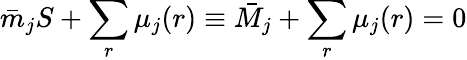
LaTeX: \bar{m}_{j}S+\sum_{r}\mu_{j}(r)\equiv\bar{M}_{j}+\sum_{r}\mu_{j}(r)=0